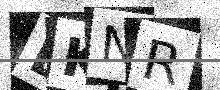
Text: EKNR